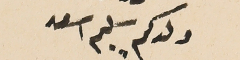
ولدكم سليم اسعد